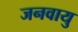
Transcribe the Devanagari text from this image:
जनवायु